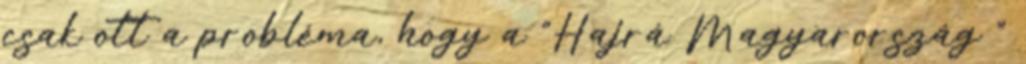
csak ott a probléma, hogy a "Hajrá Magyarország "